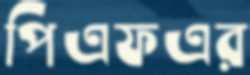
পিএফএর